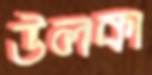
উলকা